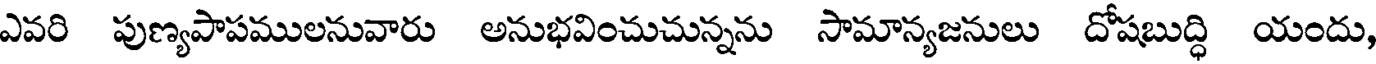
ఎవరి పుణ్యపాపములనువారు అనుభవించుచున్నను సామాన్యజనులు దోషబుద్ధి యందు,